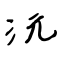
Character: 沅